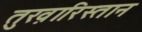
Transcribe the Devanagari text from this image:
तुख़ारिस्तान